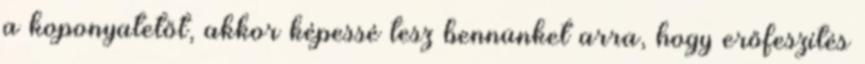
a koponyatetőt, akkor képessé tesz bennünket arra, hogy erőfeszítés